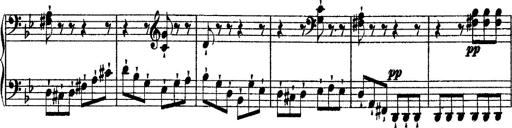
Title: 2 KonzertetÃ¼den
Composer: Franz Liszt